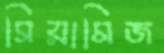
সিয়ামিজ